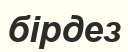
бірдез